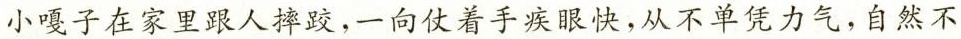
小嘎子在家里跟人摔跤，一向仗着手疾眼快，从不单凭力气，自然不